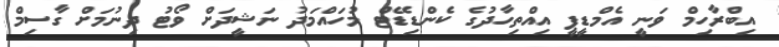
އިބްރާހިމް ވަނީ އެމްޑީޕީ އިއްތިހާދުގެ ކެންޑިޑޭޓް މުހައްމަދު ނަޝީދަށް ވޯޓު ދިނުމަށް ގާސިމް